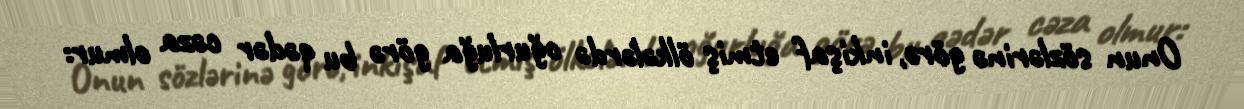
Onun sözlərinə görə, inkişaf etmiş ölkələrdə oğurluğa görə bu qədər cəza olmur: